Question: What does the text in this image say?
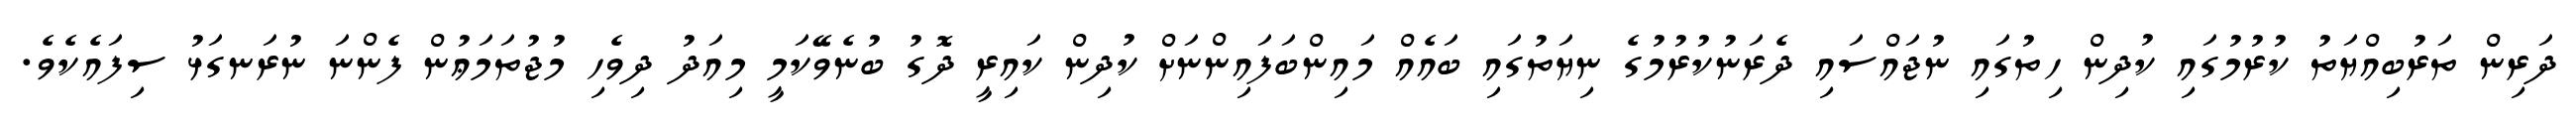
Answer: ދަރިން ތަރުބިއްޔަތު ކުރުމުގައި ކުދިން ހިތުގައި ނުޖައްސައި ދެރަނުކުރުމުގެ ނިޔަތުގައި ބައެއް މައިންބަފައިންނަށް ކުދިން ކައިރީ ދޮގު ބުނެވޭކަމީ މިއަދު ދިވެހި މުޖުތަމަޢުން ފެންނަ ނުރަނގަޅު ސިފައެކެވެ.